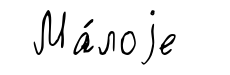
Ма́лоjе